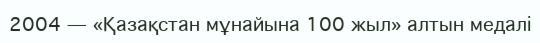
2004 — «Қазақстан мұнайына 100 жыл» алтын медалі